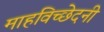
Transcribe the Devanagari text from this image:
माहविच्छेदनी